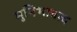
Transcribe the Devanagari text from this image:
मुनिभावत्व